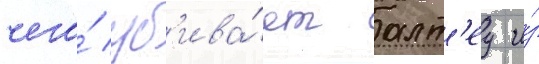
чего́ уб'ива́ет алт'еу и́з